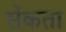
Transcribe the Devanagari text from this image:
सेंकता